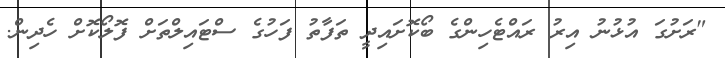
"ރަށުގަ އުޅުނު އިރު ރައްޓެހިންގެ ބޯކޮށައިދީ ތަފާތު ފަހުގެ ސްޓައިލްތަށް ފޮލޯކޮށް ހެދިން.